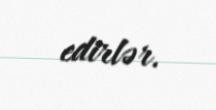
edirlər.